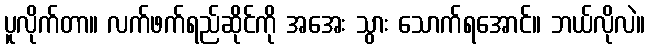
ပူလိုက်တာ။ လက်ဖက်ရည်ဆိုင်ကို အအေး သွား သောက်ရအောင်။ ဘယ်လိုလဲ။